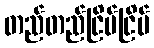
တည်တည်ငြိမ်ငြိမ်